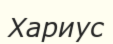
Хариус